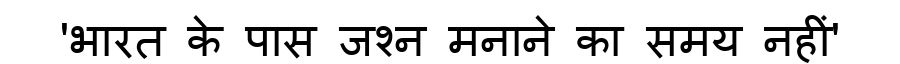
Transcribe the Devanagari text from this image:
'भारत के पास जश्न मनाने का समय नहीं'